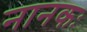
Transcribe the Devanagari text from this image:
नानकः